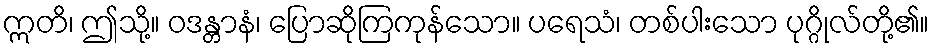
ဣတိ၊ ဤသို့။ ဝဒန္တာနံ၊ ပြောဆိုကြကုန်သော။ ပရေသံ၊ တစ်ပါးသော ပုဂ္ဂိုလ်တို့၏။